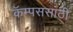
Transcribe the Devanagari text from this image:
कॅम्पससाठी